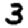
Digit: 3